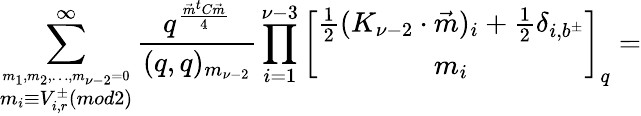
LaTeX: \sum_{\stackrel{m_{1},m_{2},\ldots,m_{\nu-2}=0}{m_{i}\equiv V_{i,r}^{\pm}(mod2)}}^{\infty}\frac{q^{\frac{\vec{m}^{t}C\vec{m}}{4}}}{(q,q)_{m_{\nu-2}}}\prod_{i=1}^{\nu-3}\left[\begin{array}{c}{{\frac{1}{2}(K_{\nu-2}\cdot\vec{m})_{i}+\frac{1}{2}\delta_{i,b^{\pm}}}}\\ {{m_{i}}}\end{array}\right]_{q}=